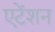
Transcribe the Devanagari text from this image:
एटेंशन